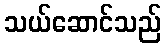
သယ်ဆောင်သည်